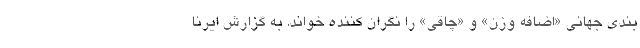
بندی جهانی «اضافه وزن» و «چاقی» را نگران کننده خواند. به گزارش ایرنا